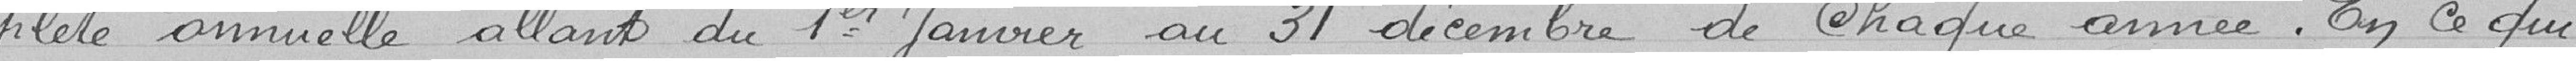
-plète annuelle allant du 1er janvier au 31 décembre de chaque année. En ce qui